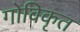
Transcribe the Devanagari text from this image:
गोविकृत